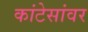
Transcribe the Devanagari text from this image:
कांटेसांवर